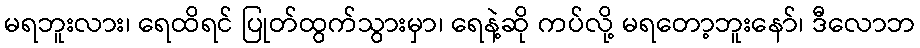
မရဘူးလား၊ ရေထိရင် ပြုတ်ထွက်သွားမှာ၊ ရေနဲ့ဆို ကပ်လို့ မရတော့ဘူးနော်၊ ဒီလောဘ